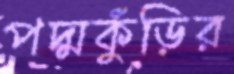
পদ্মকুঁড়ির